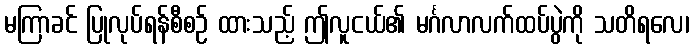
မကြာခင် ပြုလုပ်ရန်စီစဉ် ထားသည့် ဤလူငယ်၏ မင်္ဂလာလက်ထပ်ပွဲကို သတိရလေ၊